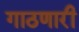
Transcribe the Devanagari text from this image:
गाठणारी